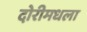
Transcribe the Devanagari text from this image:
दोरीमधला